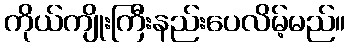
ကိုယ်ကျိုးကြီးနည်းပေလိမ့်မည်။